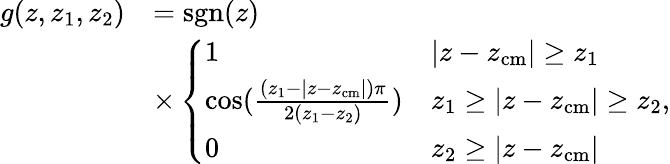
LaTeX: \begin{array}{rl}{g(z,z_{1},z_{2})}&{=\mathrm{sgn}(z)}\\ &{\times\left\{ \begin{array}{ll}{1}&{|z-z_{\mathrm{cm}}|\ge z_{1}}\\ {\cos(\frac{(z_{1}-|z-z_{\mathrm{cm}}|)\pi}{2(z_{1}-z_{2})})}&{z_{1}\ge|z-z_{\mathrm{cm}}|\ge z_{2}}\\ {0}&{z_{2}\ge|z-z_{\mathrm{cm}}|}\end{array}\right.,}\end{array}